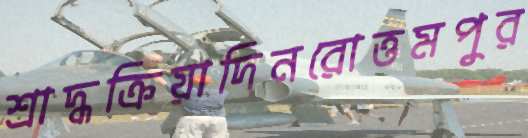
শ্রাদ্ধক্রিয়াদিনরোত্তমপুর